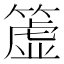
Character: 𥲤